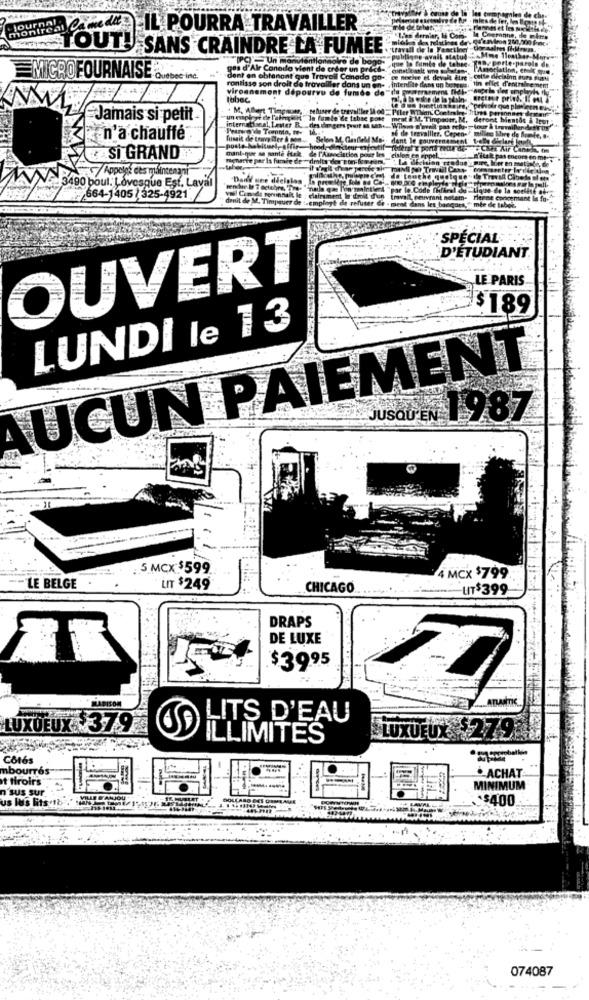
acedi IL POURRA TRAVAILLER
TOUT! SANS CRAINDRE LA FUMÉE
d'Alr Conedo vient de créer un préci-
MICROFOURNAISE Quebec inc.
dent en obtenant que Travail Canada go-
antisse son droit de travailler dans un
namont dépourvu de fumée de
Behuser de travailler
Jamais si petit
In famie de tabse p
M.Timped
des dagers por
n'a chauffe
Selon
dant
rvalller. Coo-
cteur-
Anttien pod
SI GRAND
ede -droits
/Appolga des maintenani"
3490 boul. Lovesque Est. Laval
nade
664-1405/ 325-4921
arena
SPÉCIAL
D'ÉTUDIANT
OUVERT
LE PARIS
$189
LUNDI le 13
AUCUN PAIEMENT
JUSQU'EN 1987
. 5 MCX$599
4 MCX $799
LE BELGE
LIT $249
CHICAGO
UIT$399
DRAPS
DE LUXE
$3995
ATLANTIC
LITS D'EAU
LUXUEUX 379
LLIMITES
LUXUEUX $279
Côtés
mbourrés
it tiroirs
. ACHAT
n'sus sur
MINIMUM
us It's lits 1b .MAN
$400
074087